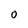
Character: 0